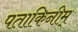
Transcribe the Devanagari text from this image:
पताकिनीम्